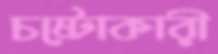
চষ্টোকারী